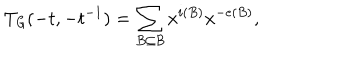
T _ { \mathit { G } } ( - t , - t ^ { - 1 } ) = \sum _ { B \subseteq \mathcal { B } } x ^ { i ( B ) } x ^ { - e ( B ) } ,